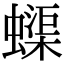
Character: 蟝